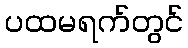
ပထမရက်တွင်